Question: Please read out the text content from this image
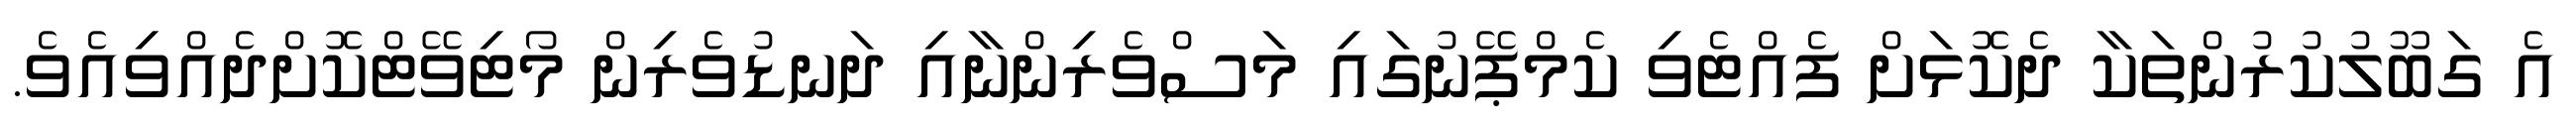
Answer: އެ ގަބޫލުކުރުންތަކާ ދެކޮޅަށް ފެއްޓެވި ކެމްޕޭނުގައި މަސްވެރިންނާއި ދަނޑުވެރިން މޯޓިވޭޓްކޮށްދެއްވިއެވެ.